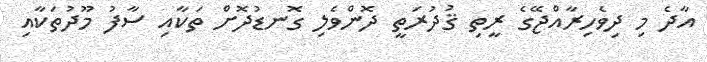
އާދެ މި ދިވެހިރާއްޖޭގެ ރީތި ޤުދުރަތީ ދޮންވެލި ގޮނޑުދޮށް ތަކާއި ސާފު މޫދުތަކާއި